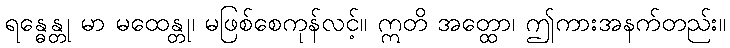
ရန္ဓေန္တု မာ မထေန္တု၊ မဖြစ်စေကုန်လင့်။ ဣတိ အတ္ထော၊ ဤကားအနက်တည်း။